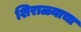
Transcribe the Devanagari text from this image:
शिराळ्याचा